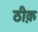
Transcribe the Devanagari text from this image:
ठीक़